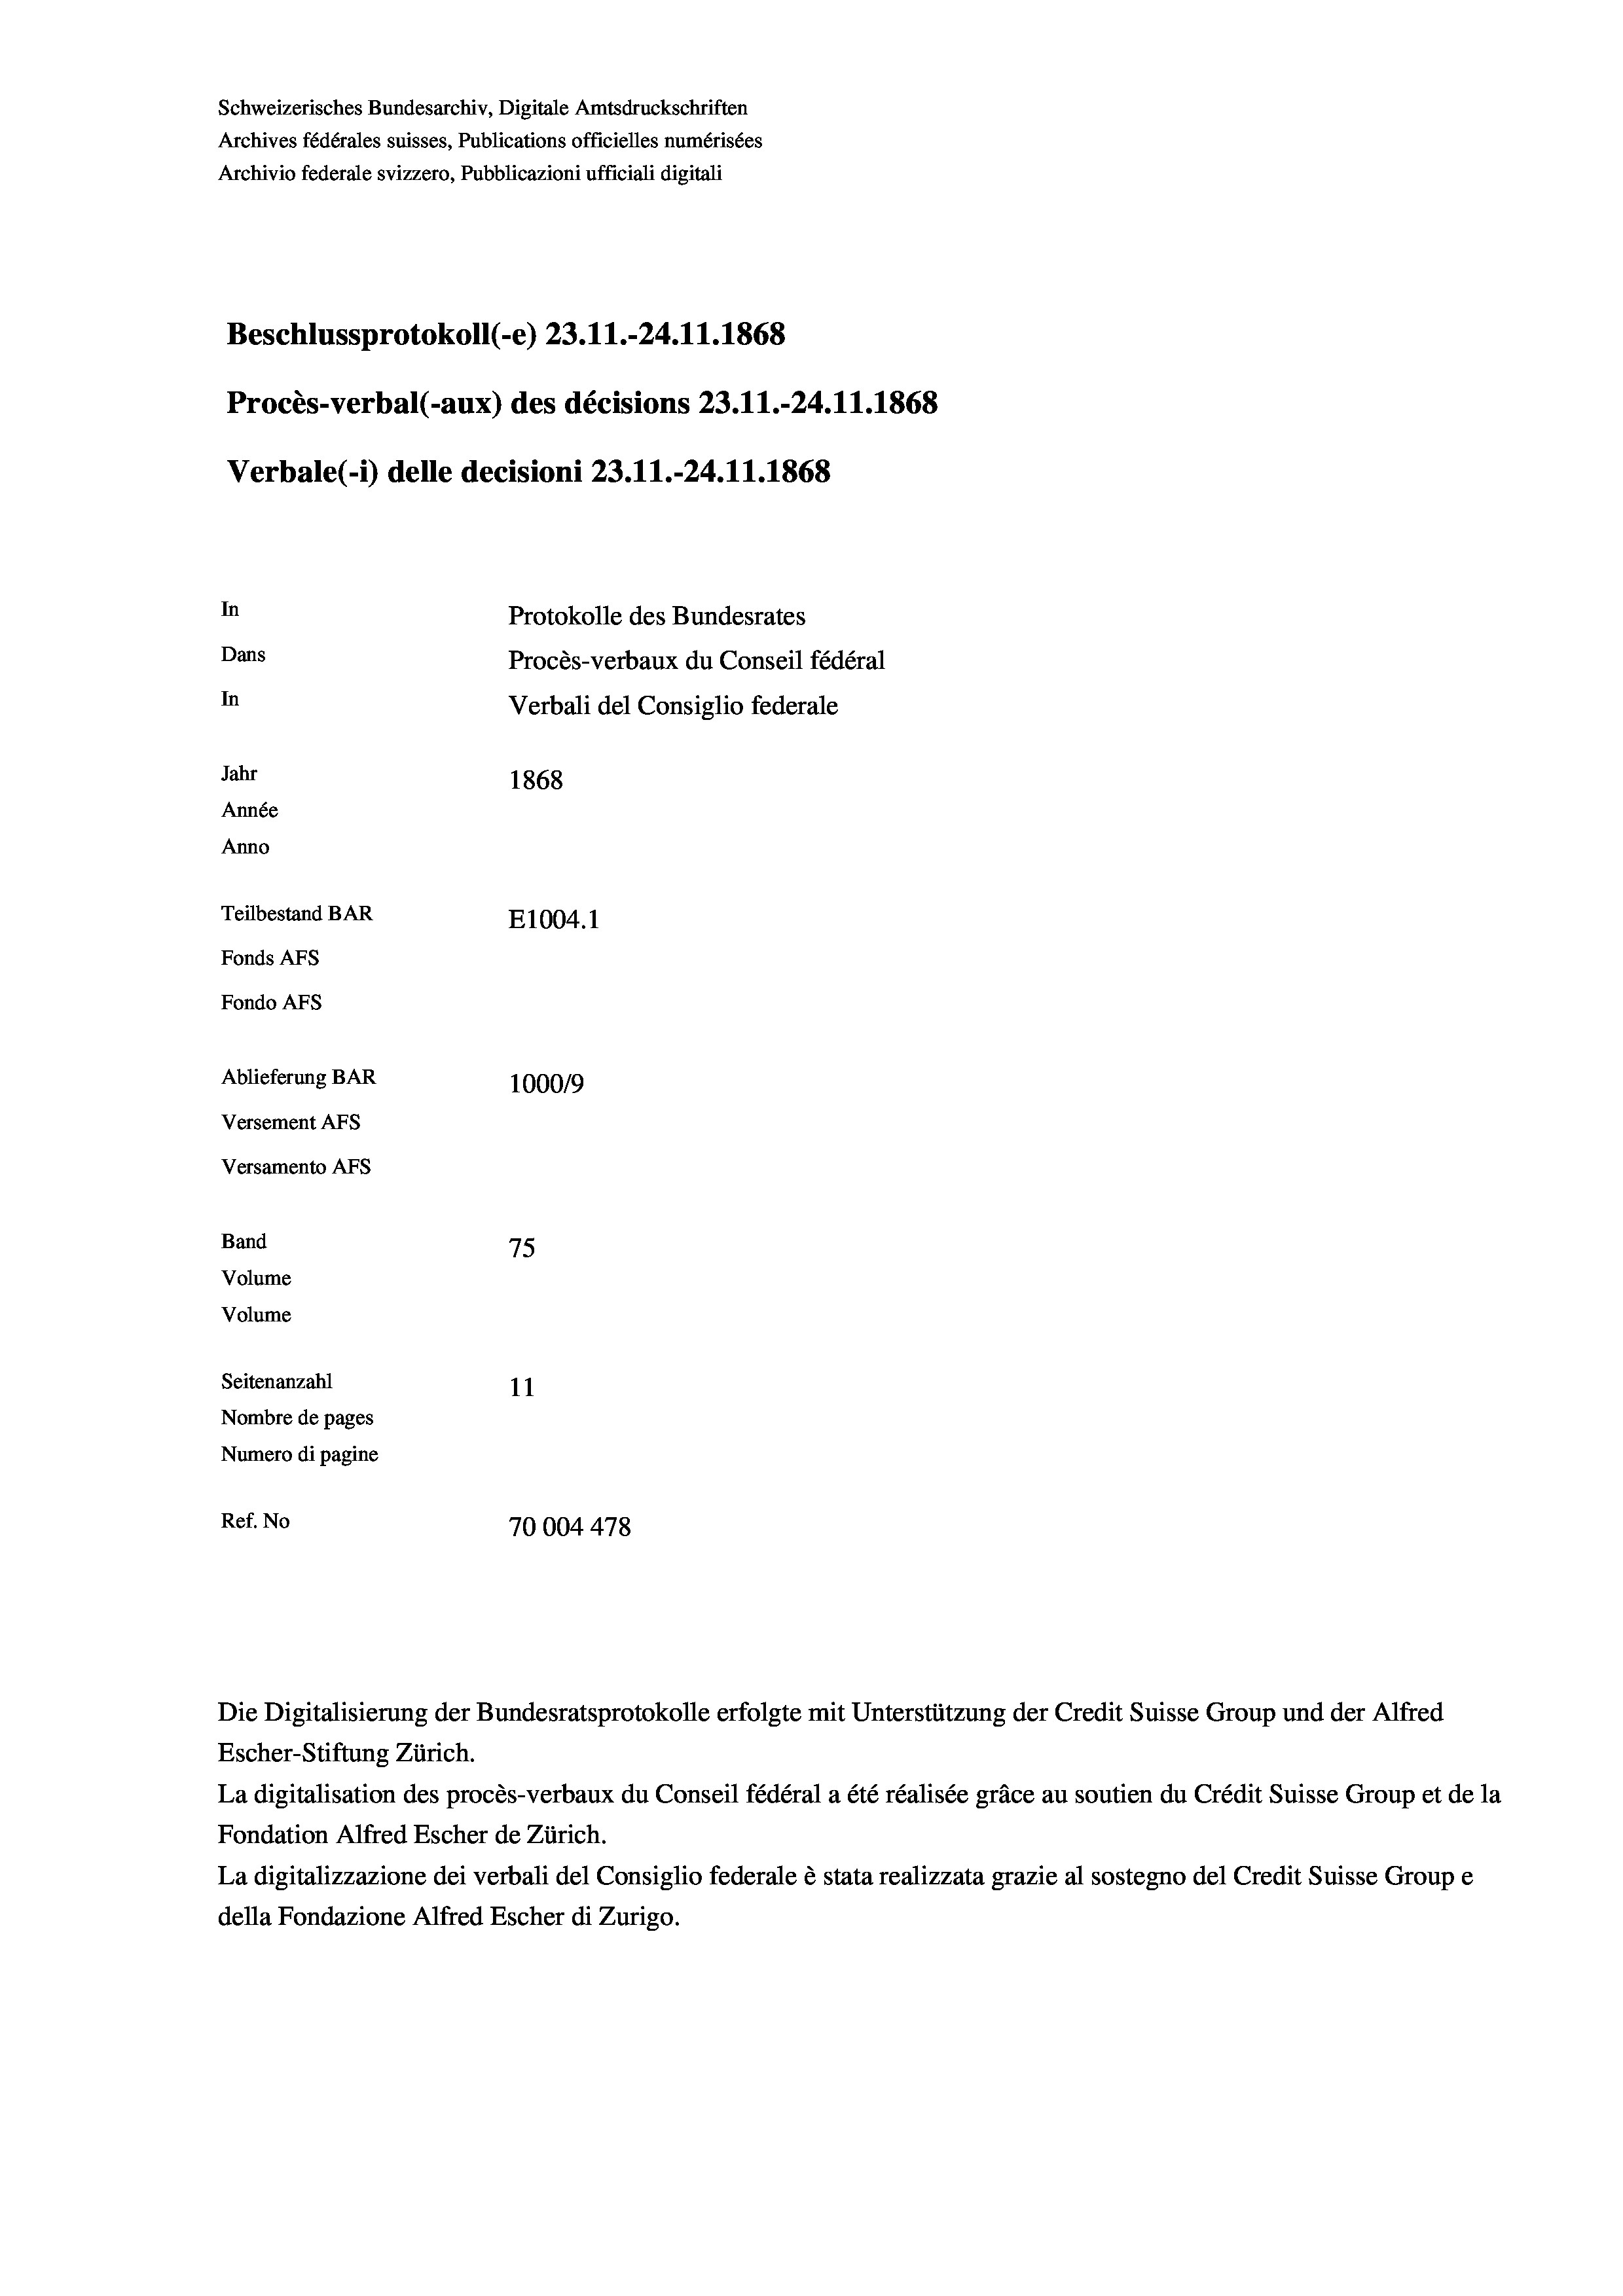
Schweizerisches Bundesarchiv, Digitale Amtsdruckschriften
Archives fédérales suisses, Publications officielles numérisées
Archivio federale svizzero, Pubblicazioni ufficiali digitali
Beschlussprotokoll (-e) 23. 11.-24.11.1868
Procès-verbal (-aux) des décisions 23.11.-24.11.1868
Verbale (1) delle decisioni 23.11.-24.11.1868
In
Protokolle des Bundesrates
Dans
Procès-verbaux du Conseil fédéral
In
Verbali del Consiglio federale
Jahr
1868
Année
Anno
Teilbestand BAR
E1004. 1
Fonds AFs
Fondo AFS
Ablieferung BAR
100019
Versement AFs
Versamento AFs
Band
75
Volume
Volume
Seitenanzahl
11
Nombre de pages
Numero di pagine
Ref. No
70004 478

Die Digitalisierung der Bundesratsprotokolle erfolgte mit Unterstützung der Credit Suisse Group und der Alfred
Escher-Stiftung Zürich.
La digitalisation des procès-verbaux du Conseil fédéral a été réalisée gräce au soutien du Crédit Suisse Group et de la
Fondation Alfred Escher de Zürich.
La digitalizzazione dei verbali del Consiglio federale è stata realizzata grazie al sostegno del Credit Suisse Groupe
della Fondazione Alfred Escher di Zurigo.